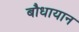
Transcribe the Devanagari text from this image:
बौधायान